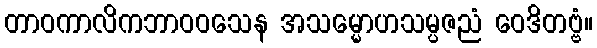
တာဝကာလိကဘာဝဝသေန အသမ္မောဟသမ္ပဇညံ ဝေဒိတဗ္ဗံ။